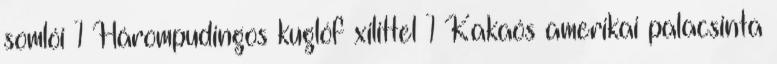
somlói 1 Hárompudingos kuglóf xilittel 1 Kakaós amerikai palacsinta